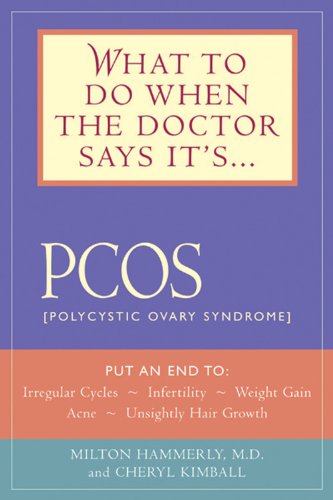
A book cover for What to Do When the Doctor Says It's PCOS: (Polycystic Ovarian Syndrome); Milton Hammerly; Health, Fitness & Dieting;